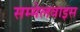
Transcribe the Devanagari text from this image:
सम्मेलवाइस